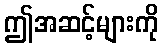
ဤအဆင့်များကို